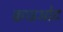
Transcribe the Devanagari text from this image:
क्वाइओट